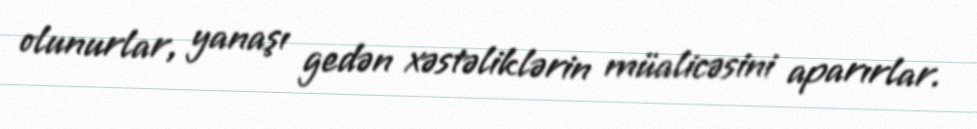
olunurlar, yanaşı gedən xəstəliklərin müalicəsini aparırlar.